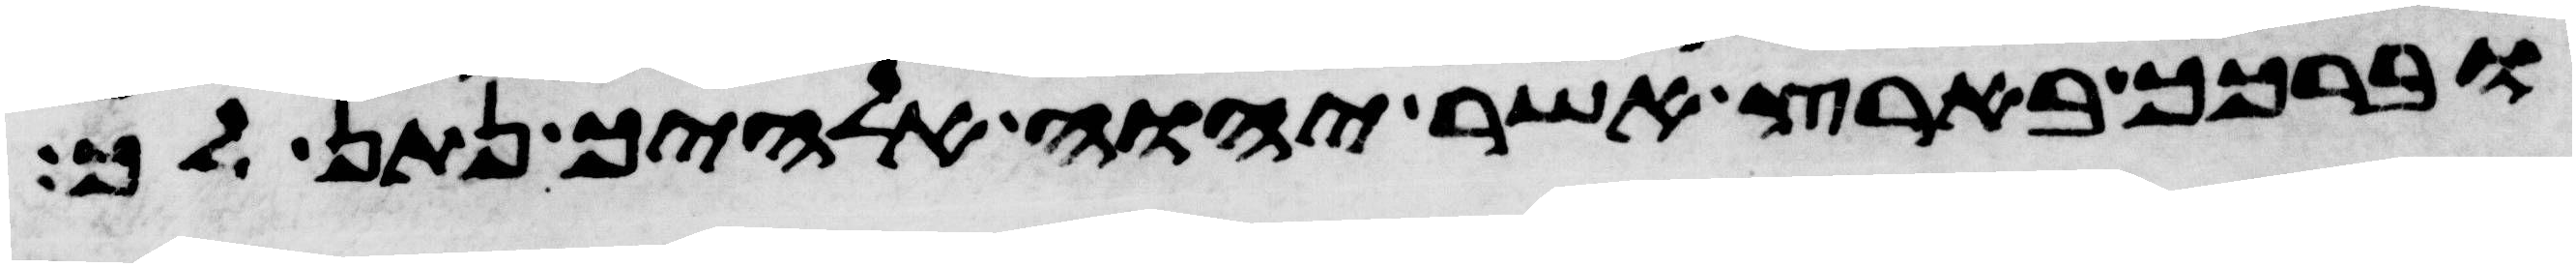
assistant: וברכך בארץ אשר יהוה אלהיך נתן לך